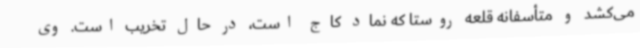
می‌کشد و متأسفانه قلعه روستا که نماد کاج است، در حال تخریب است. وی